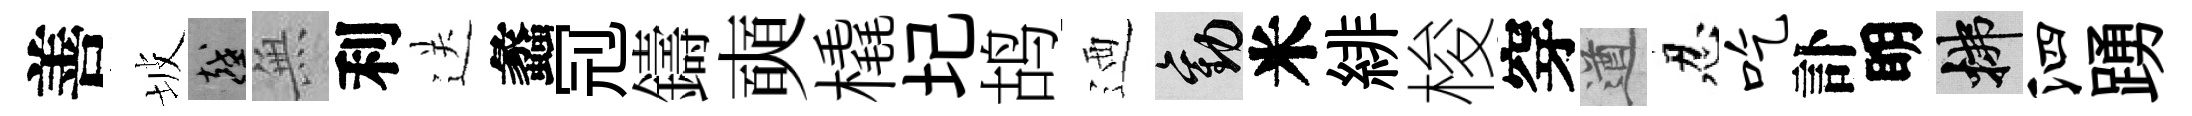
善坡越𭴾利送蠡𠜍鑄奭橇圮鸪迺勸米緋梭穿遒忍吃訃眀拂泗踴